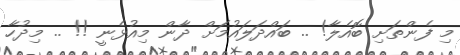
މި ފެންތަށި ބޮއެލާ! .. ބައްދަލައުމަށް ދާން މިއުޅެނީ !! .. މިދުހާ